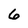
Character: 6